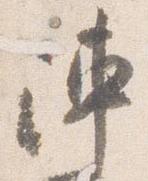
陣